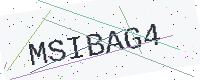
Text: MSIBAG4